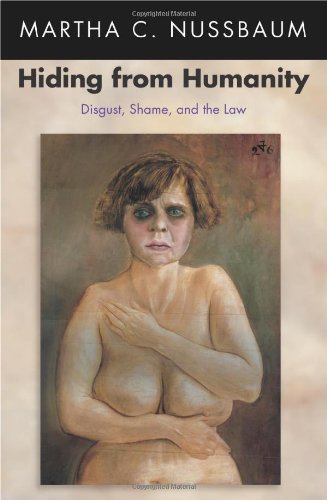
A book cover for Hiding from Humanity: Disgust, Shame, and the Law (Princeton Paperbacks); Martha C. Nussbaum; Law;